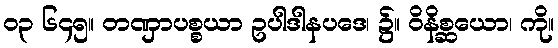
၀၃ ၆၄၅။ တဏှာပစ္စယာ ဥပါဒါနပဒေ၊ ၌။ ဝိနိစ္ဆယော၊ ကို။